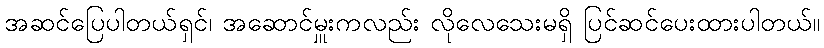
အဆင်ပြေပါတယ်ရှင်၊ အဆောင်မှူးကလည်း လိုလေသေးမရှိ ပြင်ဆင်ပေးထားပါတယ်။